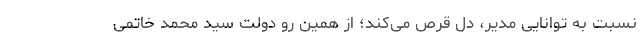
نسبت به توانایی مدیر، دل قرص می‌کند؛ از همین رو دولت سید محمد خاتمی